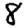
Digit: 8